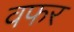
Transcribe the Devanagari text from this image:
वफर